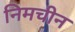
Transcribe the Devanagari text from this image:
निमचीन